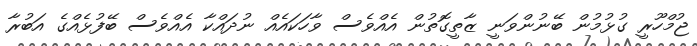
ޖުމްހޫރީ ގުޅުމުން ބޭނުންވަނީ ޒާތީގޮތުން އެއްވެސް ވާހަކައެއް ނުދައްކާ އެއްވެސް ބޭފުޅެއްގެ އަބުރާ